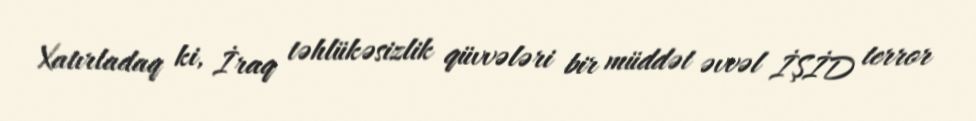
Xatırladaq ki, İraq təhlükəsizlik qüvvələri bir müddət əvvəl İŞİD terror